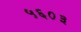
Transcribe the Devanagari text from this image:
५६०३